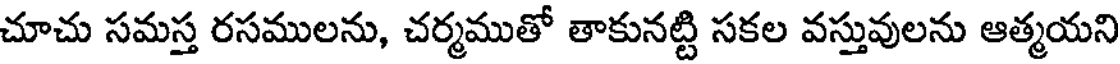
చూచు సమస్త రసములను, చర్మముతో తాకునట్టి సకల వస్తువులను ఆత్మయని